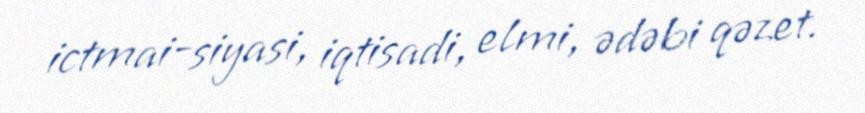
ictmai-siyasi, iqtisadi, elmi, ədəbi qəzet.